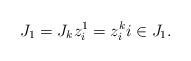
LaTeX: \begin{align*} J_1=J_kz^1_i= z_i^k i\in J_1.\end{align*}